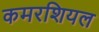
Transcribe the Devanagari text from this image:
कमरशियल